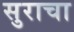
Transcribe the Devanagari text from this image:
सुराचा